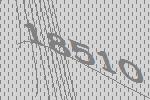
18510